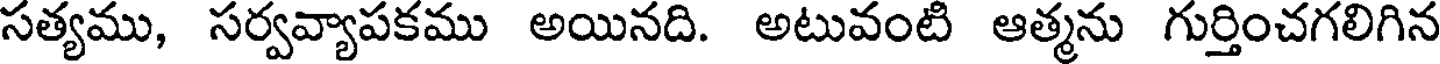
సత్యము, సర్వవ్యాపకము అయినది. అటువంటి ఆత్మను గుర్తించగలిగిన